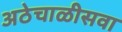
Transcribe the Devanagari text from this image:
अठेचाळीसवा